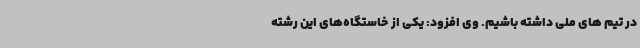
در تیم های ملی داشته باشیم. وی افزود: یکی از خاستگاه‌های این رشته